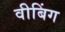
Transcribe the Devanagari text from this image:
वीबिंग